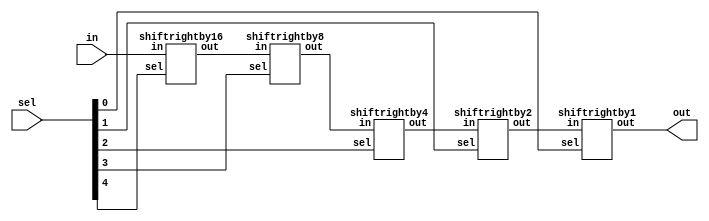
////////////////////////////////////////////////////////
//                                                    //
// Description  : shiftright                          //
//                                                    //                  
//                                                    //
////////////////////////////////////////////////////////
module shiftright24(out,in,sel);
output	[23:0]out;
input   [23:0]in;
input   [4:0]sel;

wire	[23:0]s4,s3,s2,s1;

shiftrightby16	stage4(s4,in,sel[4]);
shiftrightby8	stage3(s3,s4,sel[3]);
shiftrightby4	stage2(s2,s3,sel[2]);
shiftrightby2	stage1(s1,s2,sel[1]);
shiftrightby1	stage0(out,s1,sel[0]);

endmodule

module shiftrightby1(out,in,sel);
output	[23:0]out;
input   [23:0]in;
input   sel;

assign out = sel?{1'b0,in[23:1]}:in;

endmodule

module shiftrightby2(out,in,sel);
output	[23:0]out;
input   [23:0]in;
input   sel;

assign out = sel?{2'b00,in[23:2]}:in;

endmodule

module shiftrightby4(out,in,sel);
output	[23:0]out;
input   [23:0]in;
input   sel;

assign out = sel?{4'h0,in[23:4]}:in;

endmodule

module shiftrightby8(out,in,sel);
output	[23:0]out;
input   [23:0]in;
input   sel;

assign out = sel?{8'h00,in[23:8]}:in;

endmodule

module shiftrightby16(out,in,sel);
output	[23:0]out;
input   [23:0]in;
input   sel;

assign out = sel?{16'h0000,in[23:16]}:in;

endmodule